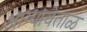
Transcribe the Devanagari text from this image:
आग्यावेताळ